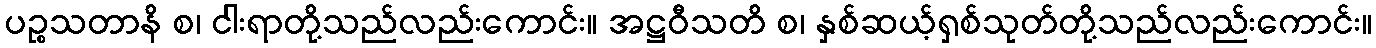
ပဉ္စသတာနိ စ၊ ငါးရာတို့သည်လည်းကောင်း။ အဋ္ဌဝီသတိ စ၊ နှစ်ဆယ့်ရှစ်သုတ်တို့သည်လည်းကောင်း။